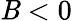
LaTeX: \mathit{B}<0